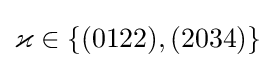
\varkappa \in \{(0122),(2034)\}